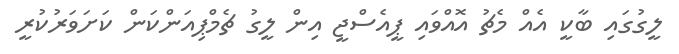
ލީގުގައި ބާކީ އެއް މެޗު އޮއްވައި ޕީއެސްޖީ އިން ލީގު ޗެމްޕިއަންކަން ކަށަވަރުކުރީ